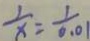
\frac { 1 } { x } = \frac { 1 } { 0 . 0 1 }